Lunatic asylums Punjab 1881-1894 - 1881-1894
Year: 1881
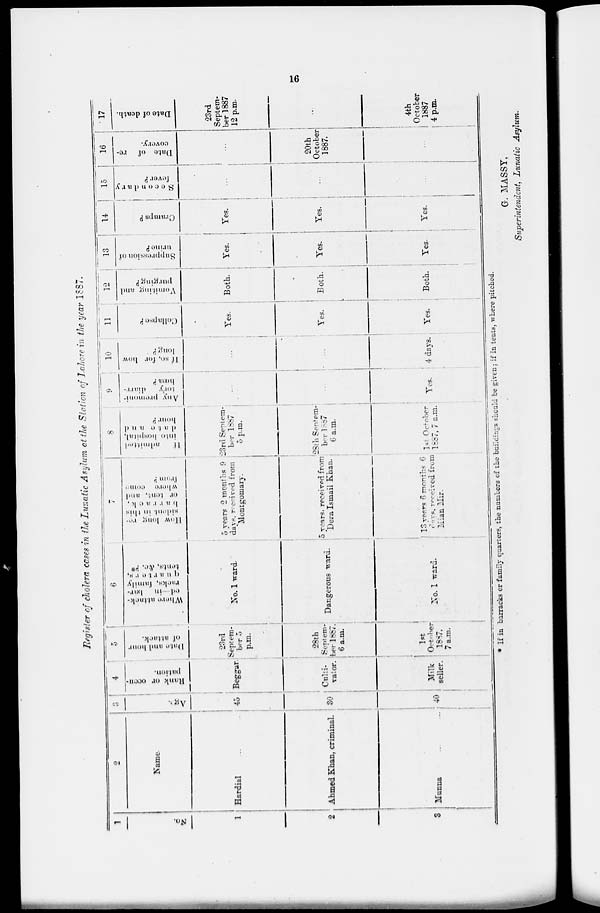
CA5
K>
tfo.
a •~u
ct>
S Q
«., o \at
K-l
t>
H 50
p4
Ui
\
p
H
P
o
K"
to
O
►1
Ml
i
P
H
ft)
J>
r-l
r
i
I
er
|
tig
ro
o
B.
cr
°3.
B
fD
tr
m
a.
H
fl) M ■1
7T
^-1 1—« O
p '/> 3 ^
.*. - •/>
B - 1
1
0
-, :■■>
ji
■j as
5 2
t-»,:r
c
B •
p g,
B o
r/i
4-
w
O
cr
rt>
w
ft)
t/I
cr
0
Pi
H
►1
!.
1=1
p
to
-1?
P —
o V'
•^ o
P •vi a*
00
p
B 00 ft)
d
1 OP
ft)
I
P'
era
SI
^3
p a>
&|'
|7ll
hr 1 «,
P 3
?3
io
00
of 5-
P
* <7)
B ' i
P a t
■v| T)
ft)
f/l
w
o
P- 1
ro
r/i
w
p
g
&
ft
a
B
Op
'P ST'S N!
•„ J 2 M
• 4" 3 *
o
3
P-
p, ft
.2 --1
K ^3
I
TO
o
B
3
O "
B to
to
CO
cr -»
O' "D PJ
B CO 3
3 i
ft)
r/j
0
to
Ag3.
05
Rank or ocfu
pillion.
1 >;i!,<» IIIHI lionr
ol' ftbtaok,
Where II tl ii ek-
od 111 linr-
rnc <s, I'niiiily a>
<l II II, l ■t, ( i r s,
ten iS, Ac p«
llow loii".:; re-
sident in this
I) ii, r r n, <■ k ,
or tent, niul
where come
from P
II'
.'ulmitte'l
into liospiliil,
(I ii I, e ;i, u (t
hour ?
Any premoni-
tory
(liiiri-
hoaaP
-i
CO
11 so, for how
long?
Collapse P
V^omiting and
purging P
(T>
«3
fO
f/J
Suppression oi'
urine P
Cramps P
S e 0 o n d a r y
feverP
io
CO
00 rr o
CCo ct
to
Date of
re-
covery.
o<
CTJ
I— cr (73
tO^ffi to
-a Z&&
B 883^
Date of death.
"3
3
a
H
a
Ci
ft)
&5
o
H
o
•-1-
a
en
CO
91